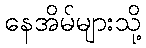
နေအိမ်များသို့